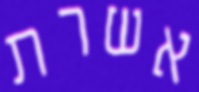
אשרת